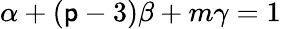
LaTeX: \alpha+(\mathsf{p}-3)\beta+m\gamma=1